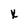
Character: X